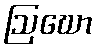
ဩဃော